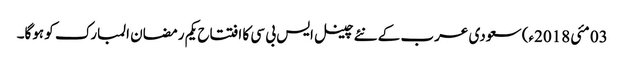
03 مئی2018ء) سعودی عرب کے نئے چینل ایس بی سی کا افتتاح یکم رمضان المبارک کو ہوگا۔